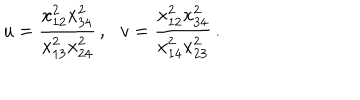
u = \frac { x _ { 1 2 } ^ { 2 } x _ { 3 4 } ^ { 2 } } { x _ { 1 3 } ^ { 2 } x _ { 2 4 } ^ { 2 } } \, , \, \, \, \, v = \frac { x _ { 1 2 } ^ { 2 } x _ { 3 4 } ^ { 2 } } { x _ { 1 4 } ^ { 2 } x _ { 2 3 } ^ { 2 } } \, .